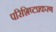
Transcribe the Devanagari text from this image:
परिशिष्टप्रकरण